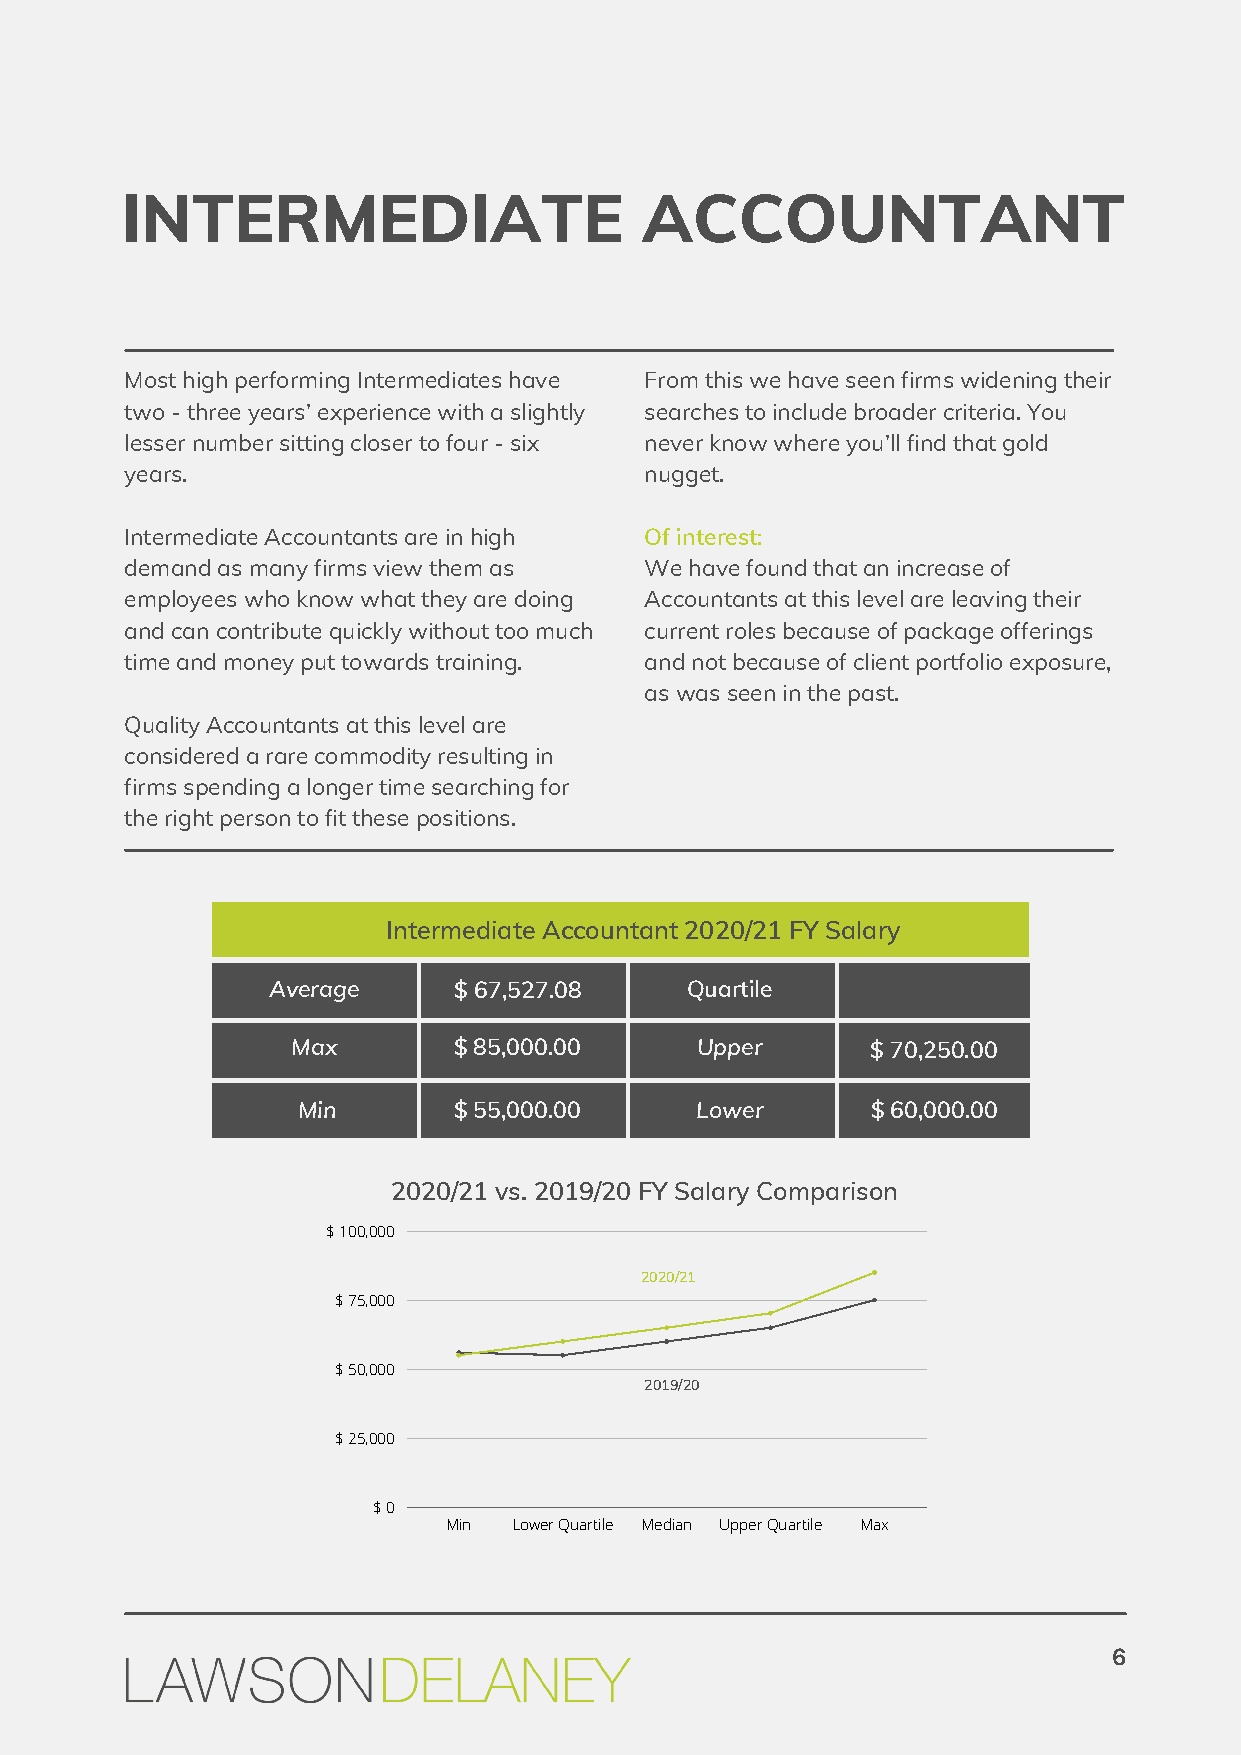
INTERMEDIATE                      ACCOUNTANT
 Most high performing Intermediates have From this we have seen firms widening their
 two - three years’ experience with a slightly searches to include broader criteria. You
 lesser number sitting closer to four - six never know where you’ll find that gold
 years.                             nugget.
 Intermediate Accountants are in high Of interest:
 demand as many firms view them as  We have found that an increase of
 employees who know what they are doing Accountants at this level are leaving their
 and can contribute quickly without too much current roles because of package offerings
 time and money put towards training. and not because of client portfolio exposure,
 as was seen in the past.
 Quality Accountants at this level are
 considered a rare commodity resulting in
 firms spending a longer time searching for
 the right person to fit these positions.
 Intermediate Accountant 2020/21 FY Salary
 Average     $ 67,527.08    Quartile
 Max        $ 85,000.00     Upper       $ 70,250.00
 Min       $ 55,000.00     Lower       $ 60,000.00
 2020/21 vs. 2019/20 FY Salary Comparison
 $ 100,000
 2020/21
 $ 75,000
 $ 50,000
 2019/20
 $ 25,000
 $ 0
 Min Lower Quartile Median Upper Quartile Max
 6